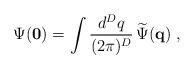
LaTeX: \begin{align*}\Psi ({\bf 0})=\int\frac{d^{{D}}q}{ (2\pi)^{{D}}}\,\widetilde{\Psi}({\bf q})\; ,\end{align*}